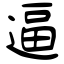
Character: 逼